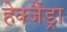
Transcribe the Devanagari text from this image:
हेक्जैंड्रा